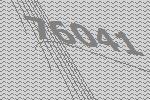
76041